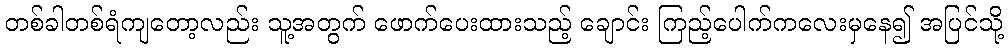
တစ်ခါတစ်ရံကျတော့လည်း သူ့အတွက် ဖောက်ပေးထားသည့် ချောင်း ကြည့်ပေါက်ကလေးမှနေ၍ အပြင်သို့